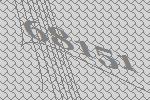
68151